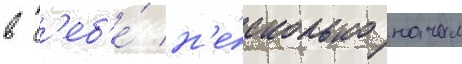
в с'еб'е́ н'е́сколько начал